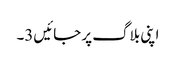
اپنی بلاگ پر جائیں3۔